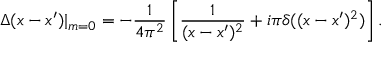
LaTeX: \Delta ( x - x ^ { \prime } ) | _ { m = 0 } = - \frac { 1 } { 4 \pi ^ { 2 } } \left[ \frac { 1 } { ( x - x ^ { \prime } ) ^ { 2 } } + i \pi \delta ( ( x - x ^ { \prime } ) ^ { 2 } ) \right] .